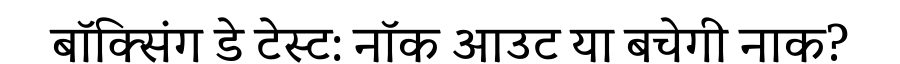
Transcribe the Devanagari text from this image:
बॉक्सिंग डे टेस्ट: नॉक आउट या बचेगी नाक?